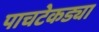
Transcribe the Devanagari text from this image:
पाचटेकड्या